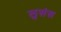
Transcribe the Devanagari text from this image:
लुसंस